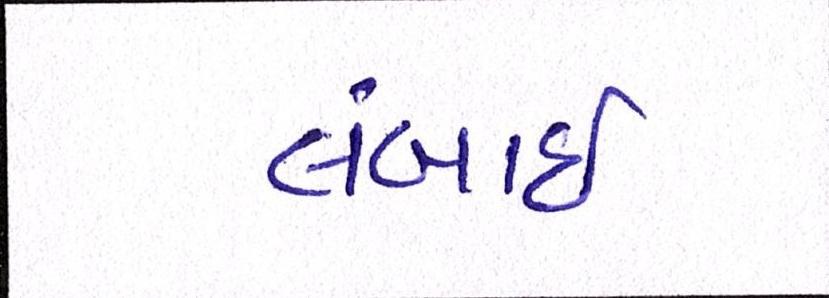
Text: લંબાઈ